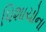
પિશાચોના